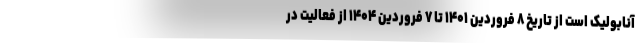
آنابولیک است از تاریخ ۸ فروردین ۱۴۰۱ تا ۷ فروردین ۱۴۰۴ از فعالیت در